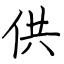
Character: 供